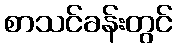
စာသင်ခန်းတွင်